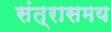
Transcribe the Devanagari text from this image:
संत्रासमय